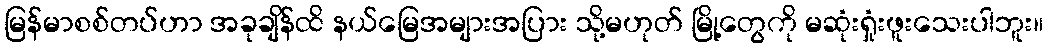
မြန်မာစစ်တပ်ဟာ အခုချိန်ထိ နယ်မြေအများအပြား သို့မဟုတ် မြို့တွေကို မဆုံးရှုံးဖူးသေးပါဘူး။